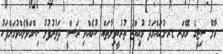
މާާލޭ ސިޓީގެ މޭޔަރ ޑރ.މުޙައްމަދު މުޢިއްޒު ތުރުކީވިލާތައް ކުރެއްވި ރަސްމީ ދަތުރުފުޅު ނިންމަވާލެއްވުމަށްފަހު